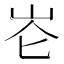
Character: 𪨧